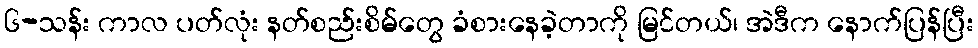
၆-သန်း ကာလ ပတ်လုံး နတ်စည်းစိမ်တွေ ခံစားနေခဲ့တာကို မြင်တယ်၊ အဲဒီက နောက်ပြန်ပြီး